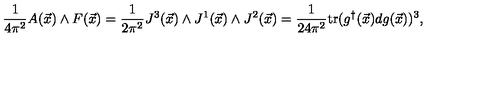
\frac { 1 } { 4 \pi ^ { 2 } } A ( \vec { x } ) \wedge F ( \vec { x } ) = \frac { 1 } { 2 \pi ^ { 2 } } J ^ { 3 } ( \vec { x } ) \wedge J ^ { 1 } ( \vec { x } ) \wedge J ^ { 2 } ( \vec { x } ) = \frac { 1 } { 2 4 \pi ^ { 2 } } \mathrm { t r } ( g ^ { \dagger } ( \vec { x } ) d g ( \vec { x } ) ) ^ { 3 } ,